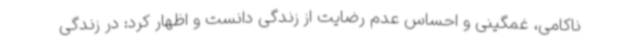
ناکامی، غمگینی و احساس عدم رضایت از زندگی دانست و اظهار کرد: در زندگی